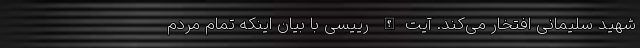
شهید سلیمانی افتخار می‌کند. آیت‌الله رییسی با بیان اینکه تمام مردم